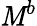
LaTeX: \mathit{M}^{b}